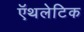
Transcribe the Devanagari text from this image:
ऍथलेटिक